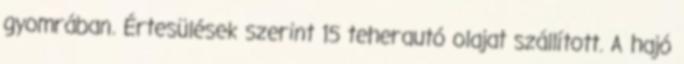
gyomrában. Értesülések szerint 15 teherautó olajat szállított. A hajó